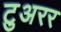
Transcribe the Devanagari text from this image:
टुअरर